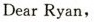
Dear Ryan,